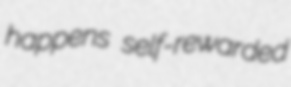
happens self-rewarded